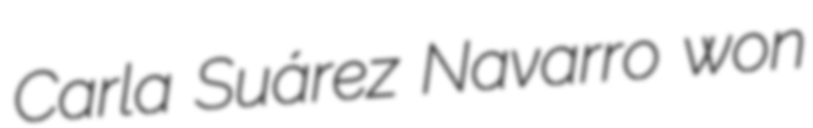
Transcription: Carla Suárez Navarro won